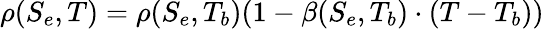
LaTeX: \rho(S_{e},T)=\rho(S_{e},T_{b})(1-\beta(S_{e},T_{b})\cdot(T-T_{b}))